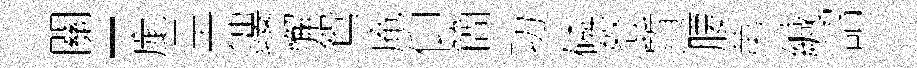
關-庬呈鏤懈鴛庵仰簡功磷怒質腰苐緘詔